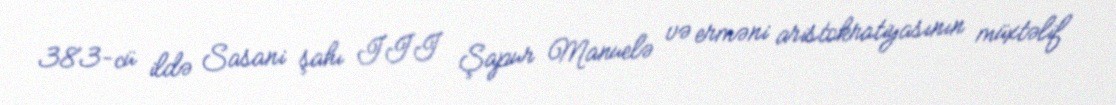
383-cü ildə Sasani şahı III Şapur Manuelə və erməni aristokratiyasının müxtəlif